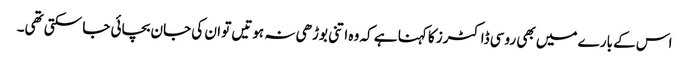
اس کے بارے میں بھی روسی ڈاکٹرز کا کہنا ہے کہ وہ اتنی بوڑھی نہ ہوتیں تو ان کی جان بچائی جا سکتی تھی۔